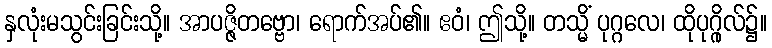
နှလုံးမသွင်းခြင်းသို့။ အာပဇ္ဇိတဗ္ဗော၊ ရောက်အပ်၏။ ဧဝံ၊ ဤသို့။ တသ္မိံ ပုဂ္ဂလေ၊ ထိုပုဂ္ဂိုလ်၌။